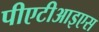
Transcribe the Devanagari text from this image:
पीएटीआइएस